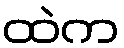
ထဲက